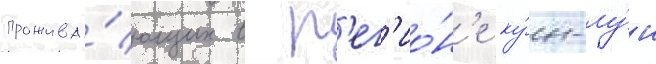
прожива́ющих в р'ег'ио́н'е ку́н-лу́н